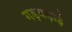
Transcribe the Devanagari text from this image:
गड़बड़ाई